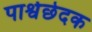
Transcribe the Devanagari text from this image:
पार्श्वछेदक